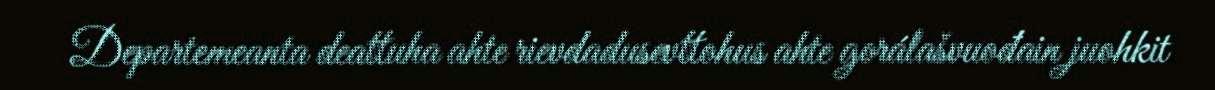
Departemeanta deattuha ahte rievdadusevttohus ahte gorálašvuođain juohkit